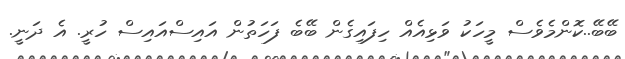
ބޭބޭ..ކޮންމެވެސް މީހަކު ވަޅިއެއް ހިފައިގެން ބޭބެ ފަހަތުން އައިސްއައިސް ހުރީ. އެ ދަނީ.